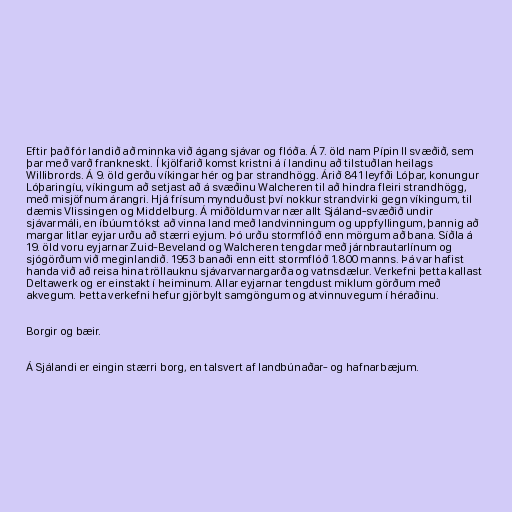
Eftir það fór landið að minnka við ágang sjávar og flóða. Á 7. öld nam Pípin II svæðið, sem
þar með varð frankneskt. Í kjölfarið komst kristni á í landinu að tilstuðlan heilags
Willibrords. Á 9. öld gerðu víkingar hér og þar strandhögg. Árið 841 leyfði Lóþar, konungur
Lóþaringíu, víkingum að setjast að á svæðinu Walcheren til að hindra fleiri strandhögg,
með misjöfnum árangri. Hjá frísum mynduðust því nokkur strandvirki gegn víkingum, til
dæmis Vlissingen og Middelburg. Á miðöldum var nær allt Sjáland-svæðið undir
sjávarmáli, en íbúum tókst að vinna land með landvinningum og uppfyllingum, þannig að
margar litlar eyjar urðu að stærri eyjum. Þó urðu stormflóð enn mörgum að bana. Síðla á
19. öld voru eyjarnar Zuid-Beveland og Walcheren tengdar með járnbrautarlínum og
sjógörðum við meginlandið. 1953 banaði enn eitt stormflóð 1.800 manns. Þá var hafist
handa við að reisa hina tröllauknu sjávarvarnargarða og vatnsdælur. Verkefni þetta kallast
Deltawerk og er einstakt í heiminum. Allar eyjarnar tengdust miklum görðum með
akvegum. Þetta verkefni hefur gjörbylt samgöngum og atvinnuvegum í héraðinu.

Borgir og bæir.

Á Sjálandi er eingin stærri borg, en talsvert af landbúnaðar- og hafnarbæjum.